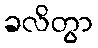
ခလိတွာ